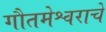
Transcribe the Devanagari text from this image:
गौतमेश्वराचे